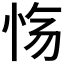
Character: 𫹽